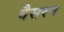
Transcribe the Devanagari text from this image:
बैसरन